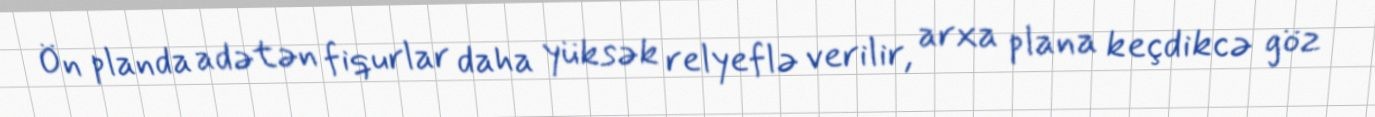
Ön planda adətən fiqurlar daha yüksək relyeflə verilir, arxa plana keçdikcə göz